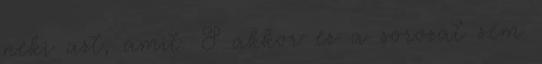
neki azt, amit. S akkor ez a sorozat sem